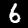
Digit: 6